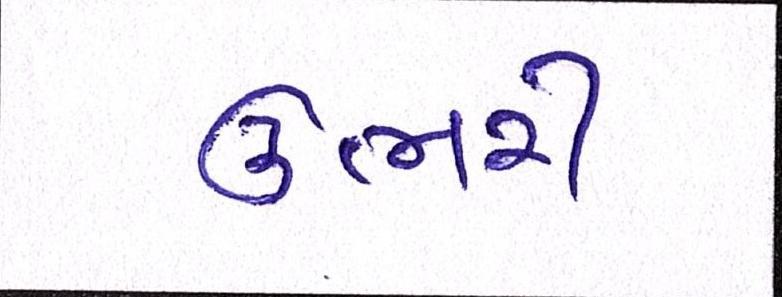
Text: ઉભરી